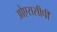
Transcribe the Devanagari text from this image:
ओएससीपी